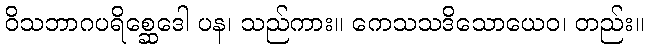
ဝိသဘာဂပရိစ္ဆေဒေါ ပန၊ သည်ကား။ ကေသသဒိသောယေဝ၊ တည်း။